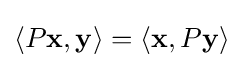
\langle P\mathbf {x} ,\mathbf {y} \rangle =\langle \mathbf {x} ,P\mathbf {y} \rangle